Lui_Olesk, lk 4
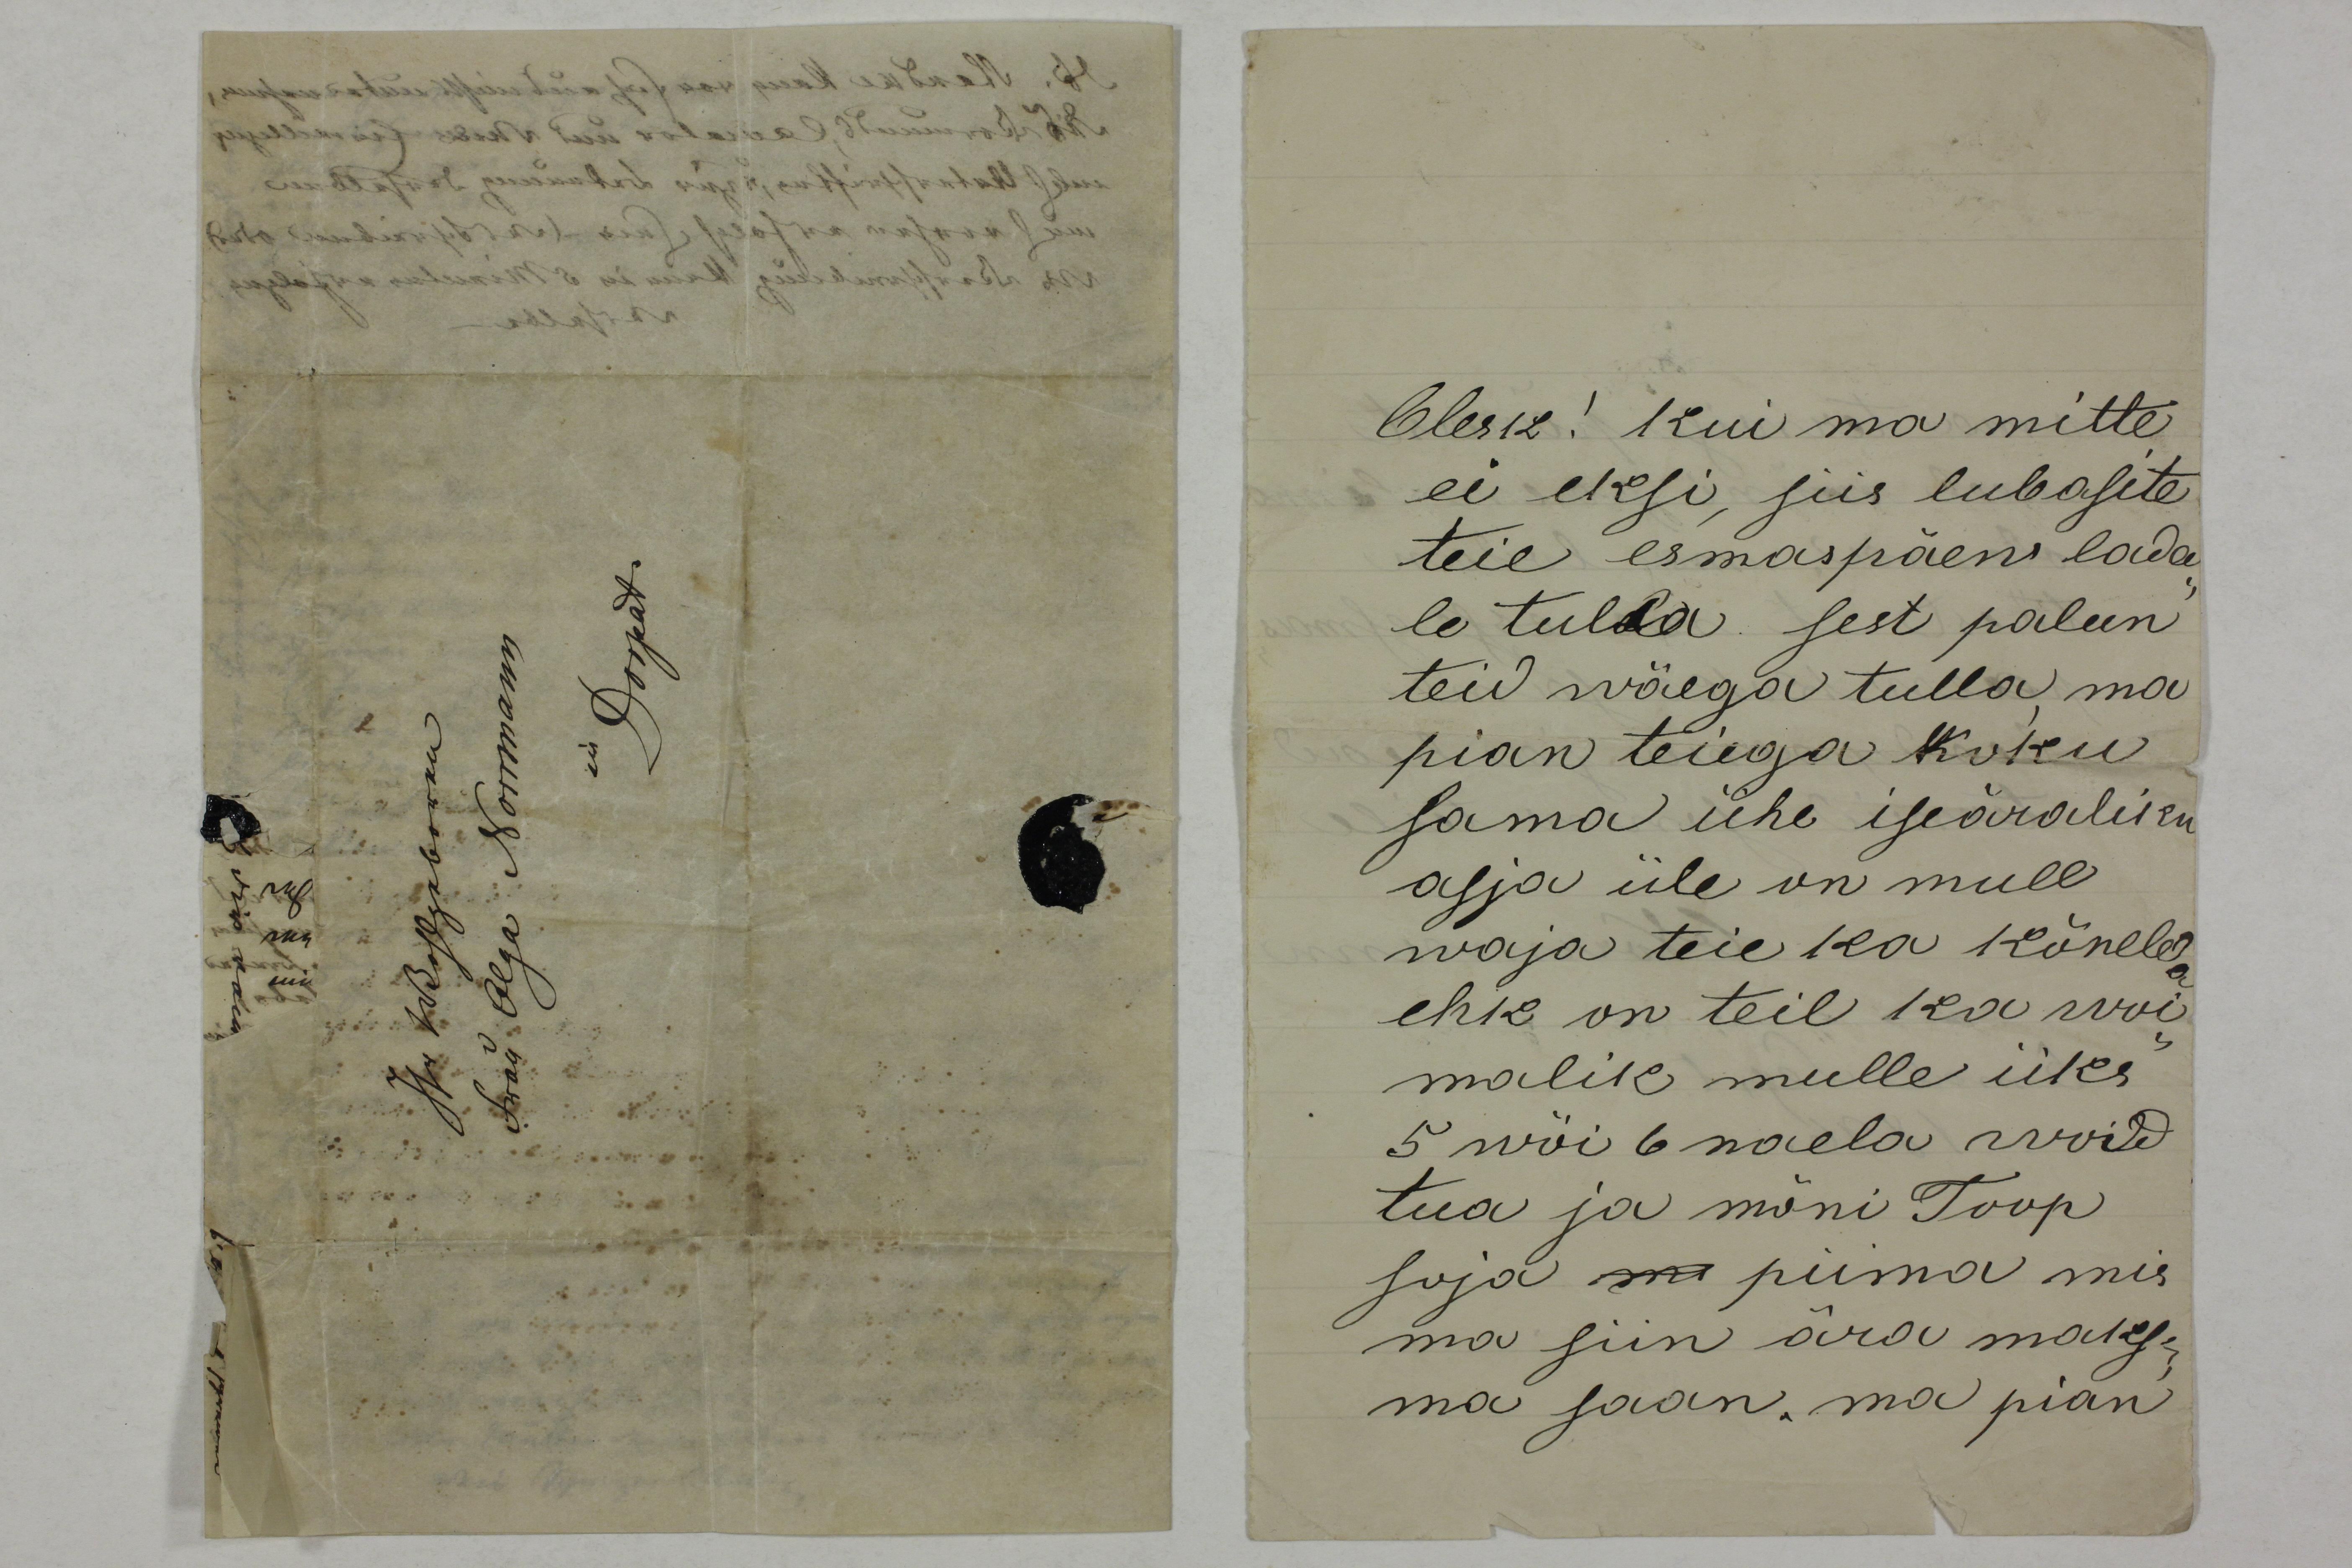
Olesk! Kui ma mitte
ei eksi, siis lubasite 
teie esmaspäew lada-
le tulla sest palun
teid wäega tulla, ma
pian teiega koku
sama ühe iseäraliku
asja üle on mull
waja teie ka kõneleda
ehk on teil ka woi-
malik mulle üks 
5 wöi 6 naela woid
tua ja mõni Toop
soja mi piima mis
ma siin ära maks-
ma saan. ma pian